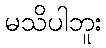
မသိပါဘူး